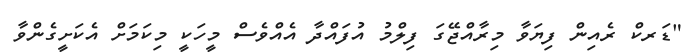
"ޑަރކް ރެއިން ފިޔަވާ މިރާއްޖޭގަ ފިލްމު އުފައްދާ އެއްވެސް މީހަކީ މިކަމަށް އެކަށީގެންވާ